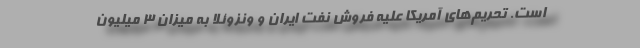
است. تحریم‌های آمریکا علیه فروش نفت ایران و ونزوئلا به میزان 3 میلیون